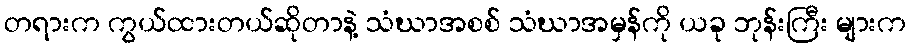
တရားက ကွယ်ထားတယ်ဆိုတာနဲ့ သံဃာအစစ် သံဃာအမှန်ကို ယခု ဘုန်းကြီး များက